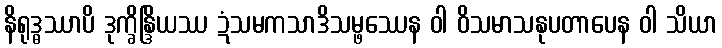
နိရုဒ္ဓဿာပိ ဒုက္ခိန္ဒြိယဿ ဍံသမကသာဒိသမ္ဖဿေန ဝါ ဝိသမာသနုပတာပေန ဝါ သိယာ